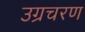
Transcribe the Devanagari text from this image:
उग्रचरण